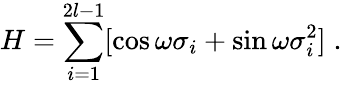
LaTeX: H=\sum_{i=1}^{2l-1}[\cos\omega\sigma_{i}+\sin\omega\sigma_{i}^{2}]\; .